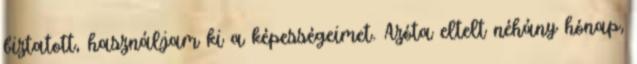
biztatott, használjam ki a képességeimet. Azóta eltelt néhány hónap,